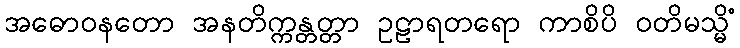
အဓောဝနတော အနတိက္ကန္တတ္တာ ဥဠာရတရော ကာစိပိ ဝတိမသ္မိံ